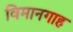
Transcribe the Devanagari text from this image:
विमानगाह